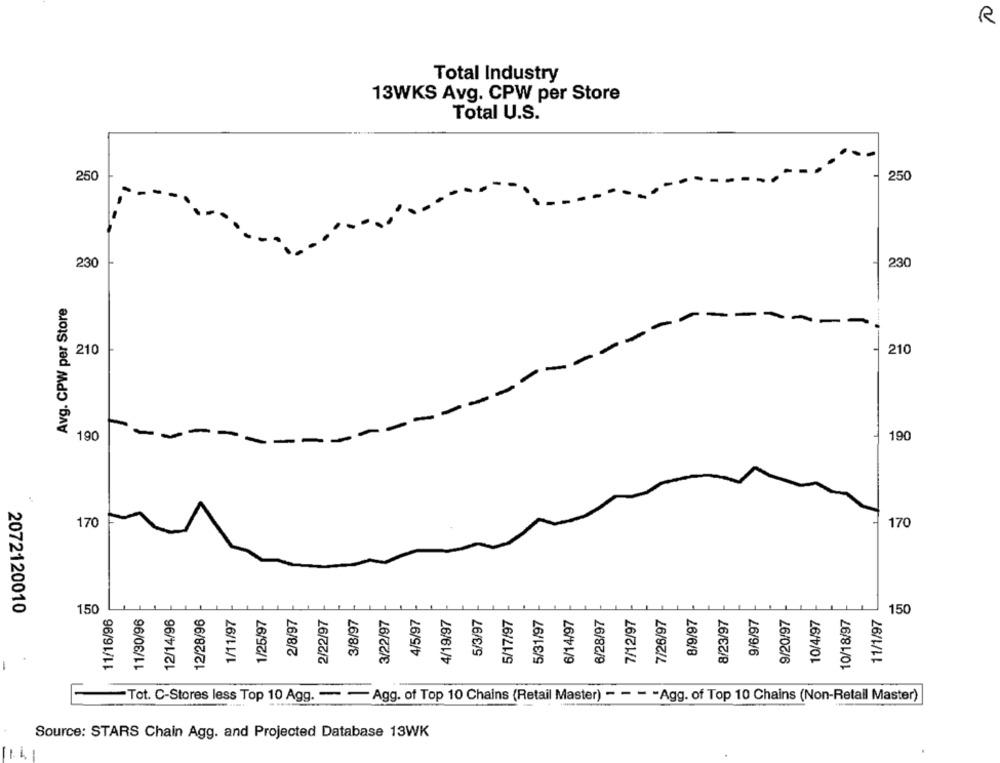
R
Total Industry
13WKS Avg. CPW per Store
Total U.S.
250
250
230
230
Avg. CPW per Store
210
§ 210
-
190
190
170
170
2072120010
150
3/8/97
150
11/16/96
11/30/96
12/14/96
12/28/96
1/11/97
1/25/97
2/8/97
2/22/97
3/22/97
4/5/97
4/19/97
5/3/97
5/17/97
5/31/97
6/14/97
6/28/97
7/12/97
7/26/97
8/9/97
8/23/97
9/6/97
9/20/97
10/4/97
10/18/97
11/1/97
Tot. C-Stores less Top 10 Agg. - - Agg. of Top 10 Chains (Retail Master) - - - - Agg. of Top 10 Chains (Non-Retail Master)
Source: STARS Chain Agg. and Projected Database 13WK
11.41